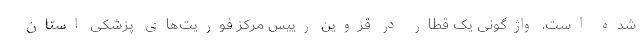
شده است. واژگونی یک قطار در قزوین رییس مرکز فوریت‌های پزشکی استان